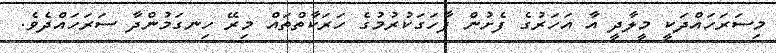
މިސަރަހައްދަކީ މީލާދީ އާ އަހަރުގެ ފެށުން ފާހަގަކުރުމުގެ ހަރަކާތްތައް މިރޭ ހިނގަމުންދާ ސަރަހައްދެވެ.